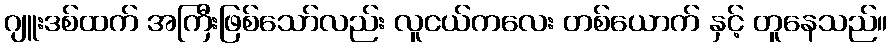
ဂျူးဒစ်ထက် အကြီးဖြစ်သော်လည်း လူငယ်ကလေး တစ်ယောက် နှင့် တူနေသည်။